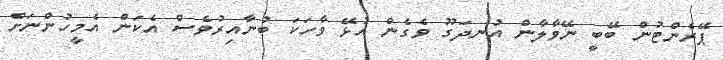
ޕޭރެންޓުން ބޭބީ ނޭވާލާން އުނދަގޫ ވެގެން އުޅޭ ވާހަކަ ބުނާއިރުވެސް އެކަން އެމީހުންނަށް